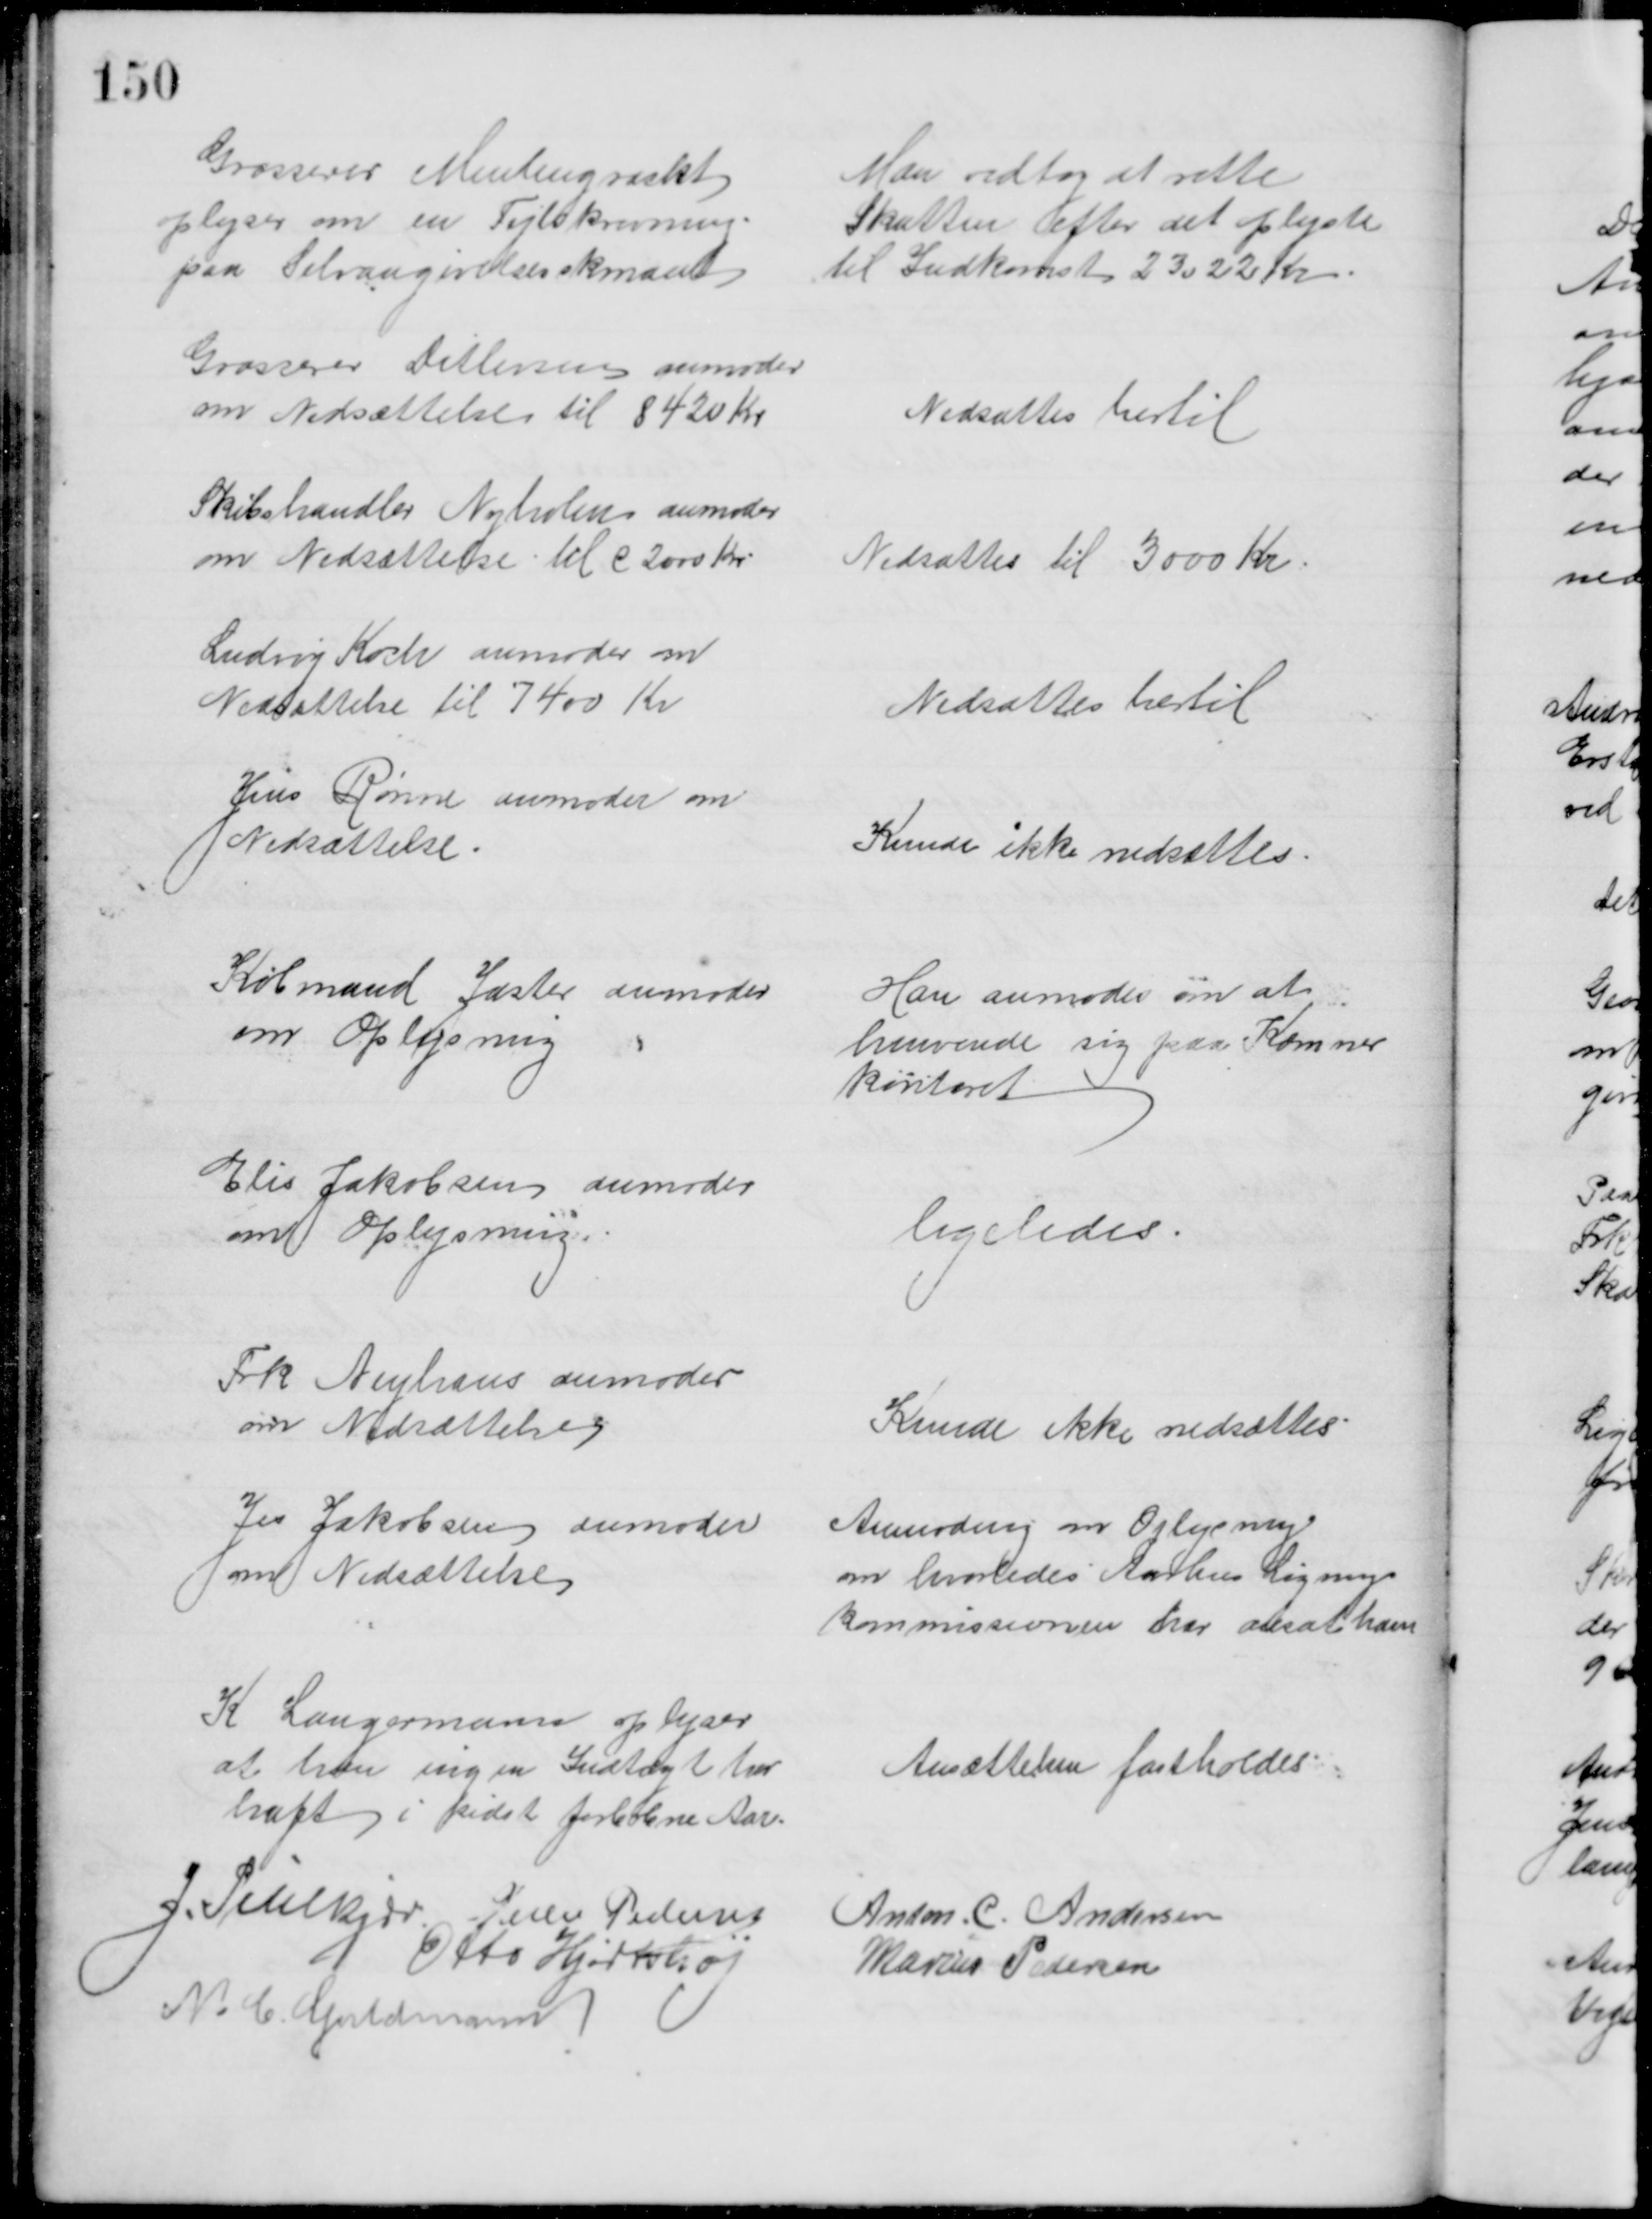
Transskription:
Grosserer Meulengracht
oplyser om en Fejlskrivning
paa Selvangivelsesskemaet
Man vedtog at rette
Skatten efter det oplyste
til Indkomst 23022 Kr
Grosserer Ditlevsen anmoder
om Nedsættelse til 8420 Kr
Nedsattes hertil
Skibshandler Nyholm anmoder
om Nedsættelse til C 2000 Kr
Nedsattes til 3000 Kr
Ludvig Koch anmoder om
Nedsættelse til 7400 Kr
Nedsattes hertil
Jens Rønne anmoder om
Nedsættelse
Kunde ikke nedsættes.
Købmand Jaster anmoder
om Oplysning
Han anmoder om at 
henvende sig paa Kæmner
kontoret
Elis Jakobsen anmoder
om Oplysning
ligeledes.
Frk Neyhaus anmoder
om Nedsættelse
Kunde ikke nedsættes
Jes Jakobsen anmoder
om Nedsættelse
Anmodning om Oplysning
om hvorledes Aarhus Lignings
kommissionen har ansat ham
K Langermann oplyser
at han ingen Indtægt har
haft i sidst forløbne Aar.
Ansættelsen fastholdes
J. Pihlkjær. Peder Pedersen
Anton. C. Andersen
Otto Hjortshøj
Marius Pedersen
N. C. Guldmann